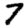
Digit: 7